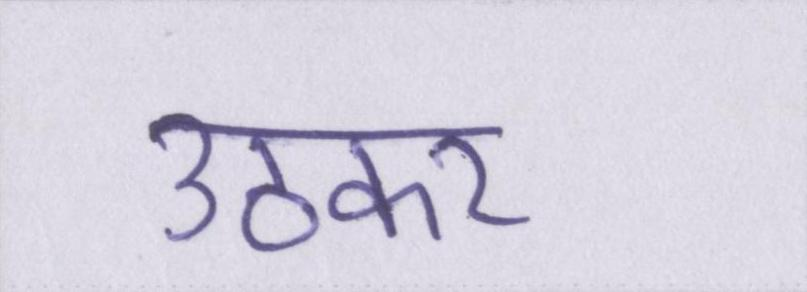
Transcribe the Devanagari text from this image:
उठकर